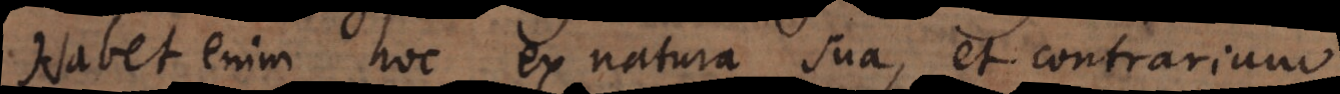
Habet enim hoc ex natura sua, et contrarium